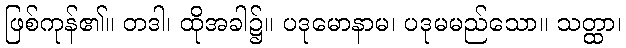
ဖြစ်ကုန်၏။ တဒါ၊ ထိုအခါ၌။ ပဒုမောနာမ၊ ပဒုမမည်သော။ သတ္ထာ၊